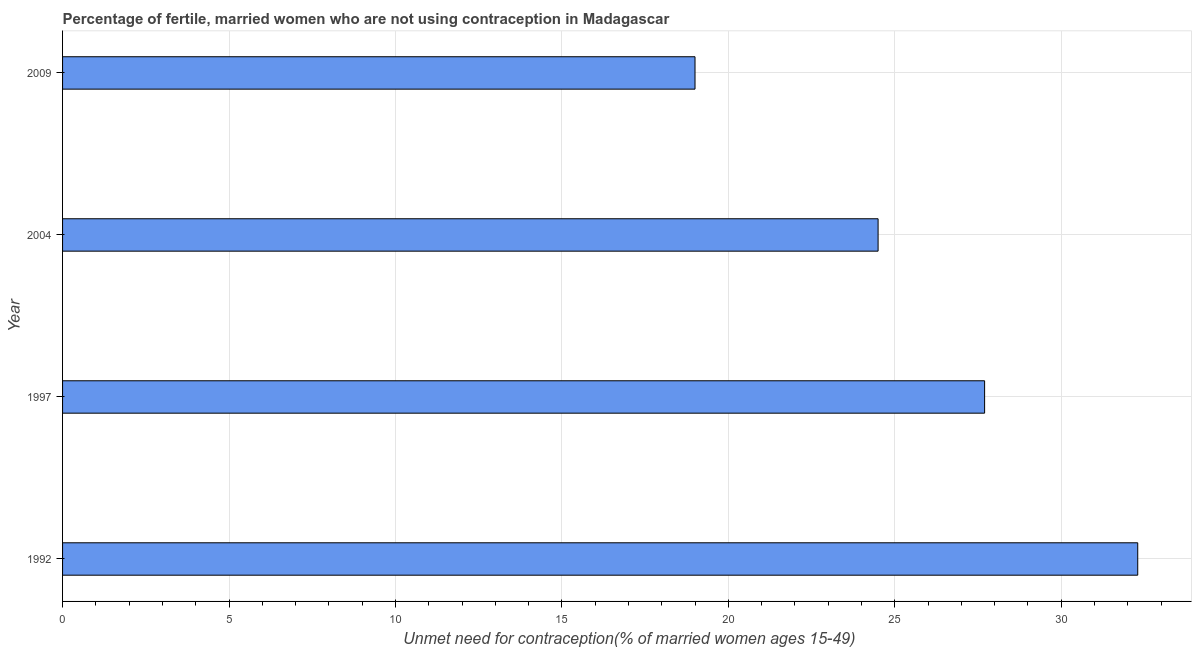
| Year | Unmet need for contraception |
 | --- | --- |
 | 1992 | 32.3 |
 | 1997 | 27.7 |
 | 2004 | 24.5 |
 | 2009 | 19 |